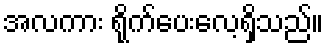
အလကား ရိုက်ပေးလေ့ရှိသည်။